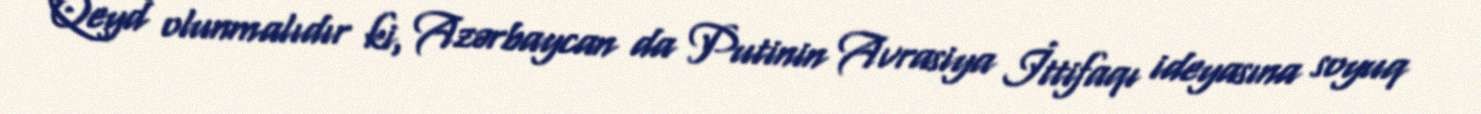
Qeyd olunmalıdır ki, Azərbaycan da Putinin Avrasiya İttifaqı ideyasına soyuq